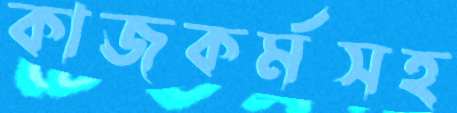
কাজকর্মসহ